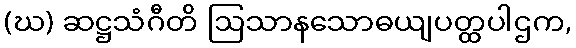
(ဃ) ဆဋ္ဌသံဂီတိ ဩသာနသောဓယျပတ္ထပါဌက,